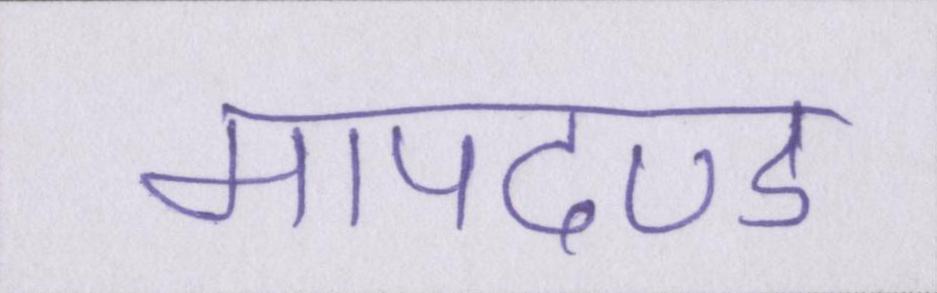
मापदण्ड